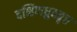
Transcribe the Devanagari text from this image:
दक्षिणध्रुववृत्त